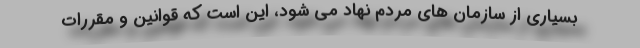
بسیاری از سازمان های مردم نهاد می شود، این است که قوانین و مقررات